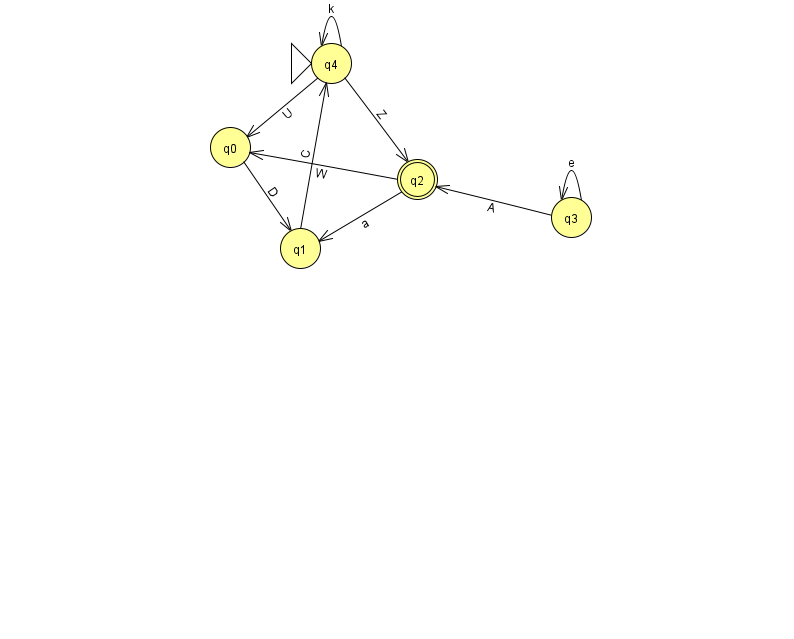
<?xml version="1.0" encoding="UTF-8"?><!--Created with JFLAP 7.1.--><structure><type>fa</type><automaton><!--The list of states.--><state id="0" name="q0"><x>230.0</x><y>134.0</y></state><state id="1" name="q1"><x>300.0</x><y>235.0</y></state><state id="2" name="q2"><x>417.0</x><y>166.0</y><final/></state><state id="3" name="q3"><x>571.0</x><y>204.0</y></state><state id="4" name="q4"><x>331.0</x><y>50.0</y><initial/></state><!--The list of transitions.--><transition><from>1</from><to>4</to><read>C</read></transition><transition><from>2</from><to>1</to><read>a</read></transition><transition><from>3</from><to>3</to><read>e</read></transition><transition><from>0</from><to>1</to><read>D</read></transition><transition><from>4</from><to>0</to><read>U</read></transition><transition><from>3</from><to>2</to><read>A</read></transition><transition><from>4</from><to>4</to><read>k</read></transition><transition><from>2</from><to>0</to><read>W</read></transition><transition><from>4</from><to>2</to><read>Z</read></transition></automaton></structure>